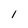
Character: 1